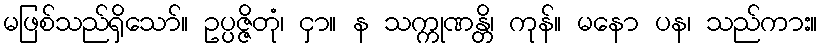
မဖြစ်သည်ရှိသော်။ ဥပ္ပဇ္ဇိတုံ၊ ငှာ။ န သက္ကုဏန္တိ၊ ကုန်။ မနော ပန၊ သည်ကား။